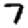
Digit: 7